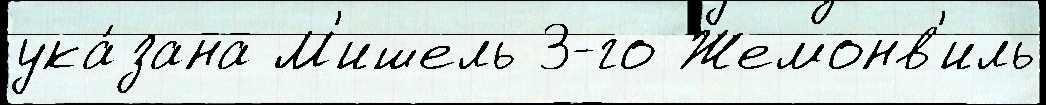
ука́зана М'ишель 3-го Жемонв'иль